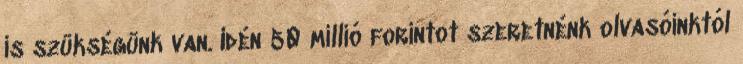
is szükségünk van. Idén 50 millió forintot szeretnénk olvasóinktól